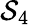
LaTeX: \mathcal{S}_{4}